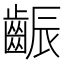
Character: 𪘝